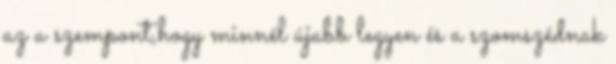
az a szempont,hogy minnél újabb legyen és a szomszédnak